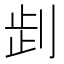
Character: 𠜶